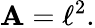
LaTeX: \mathbf{A}=\ell^{2}.